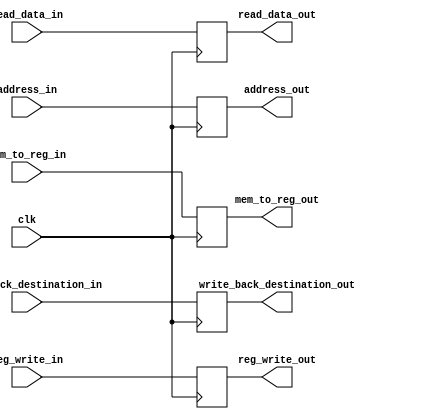
module MEM_WB_Reg(
    input clk,
    input [4:0] write_back_destination_in,
    input reg_write_in,
    input [31:0] read_data_in,
    input [31:0] address_in,
    input mem_to_reg_in,
    output reg [4:0] write_back_destination_out,
    output reg reg_write_out,
    output reg [31:0] read_data_out,
    output reg [31:0] address_out,
    output reg mem_to_reg_out
);

always @ (posedge clk)
begin
    reg_write_out <= reg_write_in;
    read_data_out <= read_data_in;
    address_out <= address_in;
    write_back_destination_out <= write_back_destination_in;
    mem_to_reg_out <= mem_to_reg_in;
end

endmodule